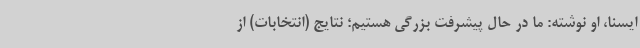
ایسنا، او نوشته: ما در حال پیشرفت بزرگی هستیم؛ نتایج (انتخابات) از